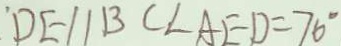
D E / / B C \angle A E D = 7 6 ^ { \circ }